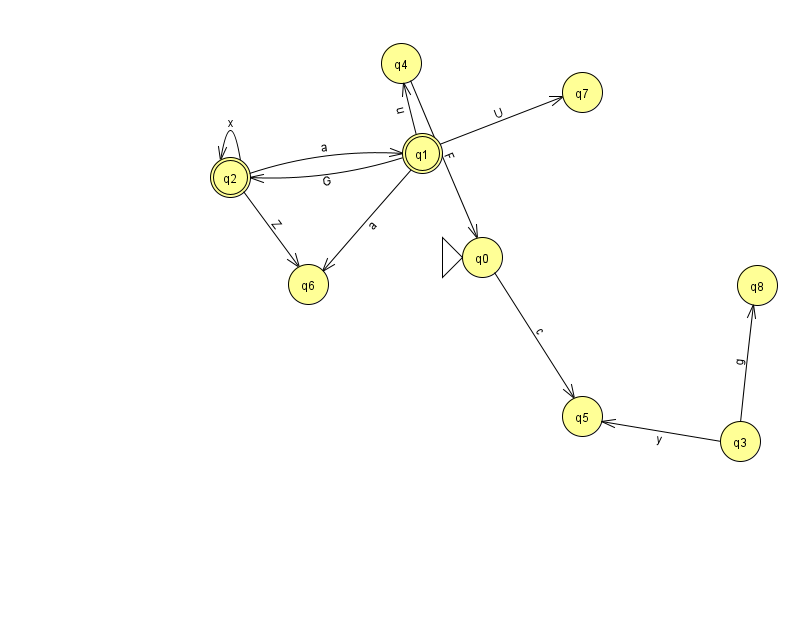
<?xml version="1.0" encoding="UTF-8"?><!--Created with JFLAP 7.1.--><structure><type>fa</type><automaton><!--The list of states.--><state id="0" name="q0"><x>482.0</x><y>244.0</y><initial/></state><state id="1" name="q1"><x>422.0</x><y>140.0</y><final/></state><state id="2" name="q2"><x>230.0</x><y>164.0</y><final/></state><state id="3" name="q3"><x>740.0</x><y>428.0</y></state><state id="4" name="q4"><x>401.0</x><y>50.0</y></state><state id="5" name="q5"><x>582.0</x><y>403.0</y></state><state id="6" name="q6"><x>308.0</x><y>271.0</y></state><state id="7" name="q7"><x>582.0</x><y>79.0</y></state><state id="8" name="q8"><x>757.0</x><y>272.0</y></state><!--The list of transitions.--><transition><from>3</from><to>5</to><read>y</read></transition><transition><from>1</from><to>4</to><read>u</read></transition><transition><from>2</from><to>6</to><read>Z</read></transition><transition><from>1</from><to>6</to><read>a</read></transition><transition><from>0</from><to>5</to><read>c</read></transition><transition><from>1</from><to>2</to><read>G</read></transition><transition><from>2</from><to>2</to><read>x</read></transition><transition><from>1</from><to>7</to><read>U</read></transition><transition><from>4</from><to>0</to><read>F</read></transition><transition><from>2</from><to>1</to><read>a</read></transition><transition><from>3</from><to>8</to><read>g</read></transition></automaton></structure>